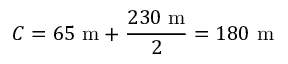
C = 6 5 ~ { \mathrm { m } } + { \frac { 2 3 0 ~ { \mathrm { m } } } { 2 } } = 1 8 0 ~ { \mathrm { m } }